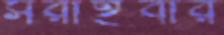
সরাইবার